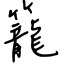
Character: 籠